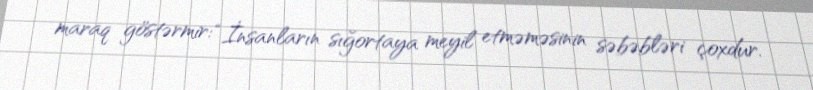
maraq göstərmir: “İnsanların sığortaya meyil etməməsinin səbəbləri çoxdur.